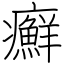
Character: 癬